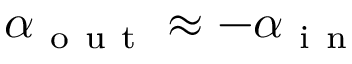
\alpha _ { \mathrm { ~ o ~ u ~ t ~ } } \approx - \alpha _ { \mathrm { ~ i ~ n ~ } }